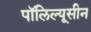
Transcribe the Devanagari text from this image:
पॉलिल्यूसीन